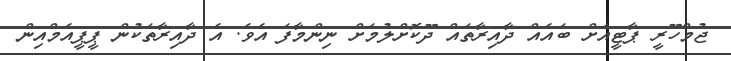
ޖުމްހޫރީ ޕާޓީއަށް ބައެއް ދާއިރާތައް ދޫކޮށްލުމަށް ނިންމާފަ އެވެ. އެ ދާއިރާތަކުން ޕީޕީއެމްއިން